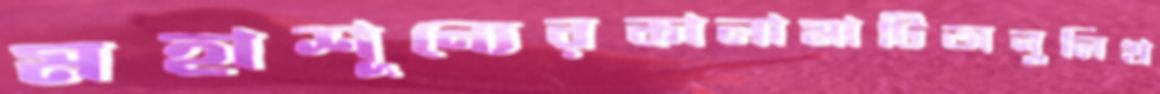
মহাশূন্যেরকালামাটিঅনুলিখ